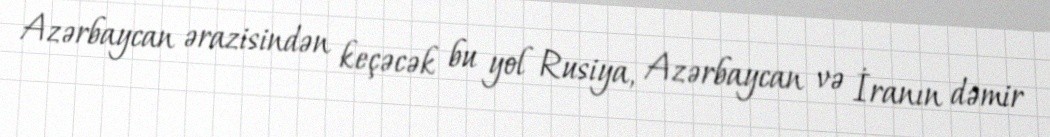
Azərbaycan ərazisindən keçəcək bu yol Rusiya, Azərbaycan və İranın dəmir